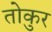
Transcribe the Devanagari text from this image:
तोकुर